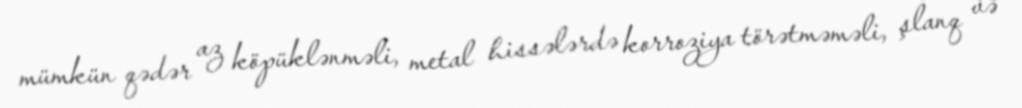
mümkün qədər az köpüklənməli, metal hissələrdə korroziya törətməməli, şlanq və